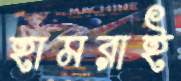
হামরাই